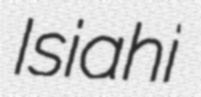
Isiahi